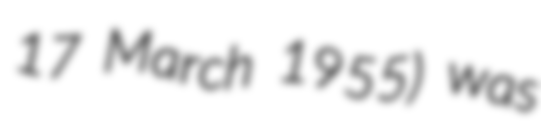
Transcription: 17 March 1955) was